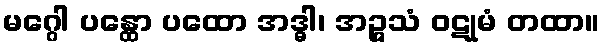
မဂ္ဂေါ ပန္ထော ပထော အဒ္ဓါ၊ အဉ္ဇသံ ဝဋုမံ တထာ။